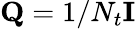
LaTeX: \mathbf{Q}=1/N_{t}\mathbf{I}